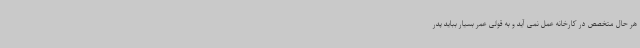
هر حال متخصص در کارخانه عمل نمی آید و به قولی عمر بسیار بباید پدر